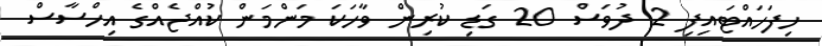
ހިފަހައްޓައިފި 2 ދުވަސް 20 ގަޑި ކުރިން ވާހަކަ މަންމަން ކުއްޖެއްގެ އިހްސާސް